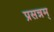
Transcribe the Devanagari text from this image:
प्रसन्नम्